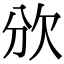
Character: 𣢏